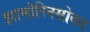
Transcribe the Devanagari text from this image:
झामोरिनसोबत